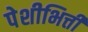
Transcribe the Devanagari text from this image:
पेशीभित्ती